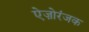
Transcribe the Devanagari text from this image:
ऐज़ोरंजक